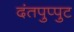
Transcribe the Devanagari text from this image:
दंतपुप्पुट